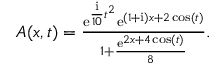
\begin{array} { r } { A ( x , t ) = \frac { \mathrm { e } ^ { \frac { \mathrm { { i } } } { 1 0 } t ^ { 2 } } \mathrm { e } ^ { ( 1 + \mathrm { { i } } ) x + 2 \cos ( t ) } } { 1 + \frac { \mathrm { e } ^ { 2 x + 4 \cos ( t ) } } { 8 } } . } \end{array}